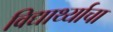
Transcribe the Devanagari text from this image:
विद्यार्थ्याचा